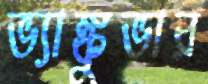
ভ্যাঙ্কুভার